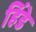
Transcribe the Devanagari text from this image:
हिंडे